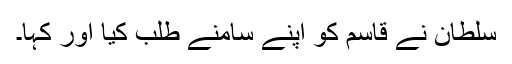
سلطان نے قاسم کو اپنے سامنے طلب کیا اور کہا۔